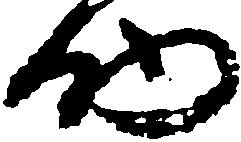
助